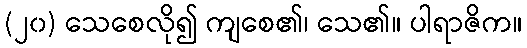
(၂၀) သေစေလို၍ ကျစေ၏၊ သေ၏။ ပါရာဇိက။